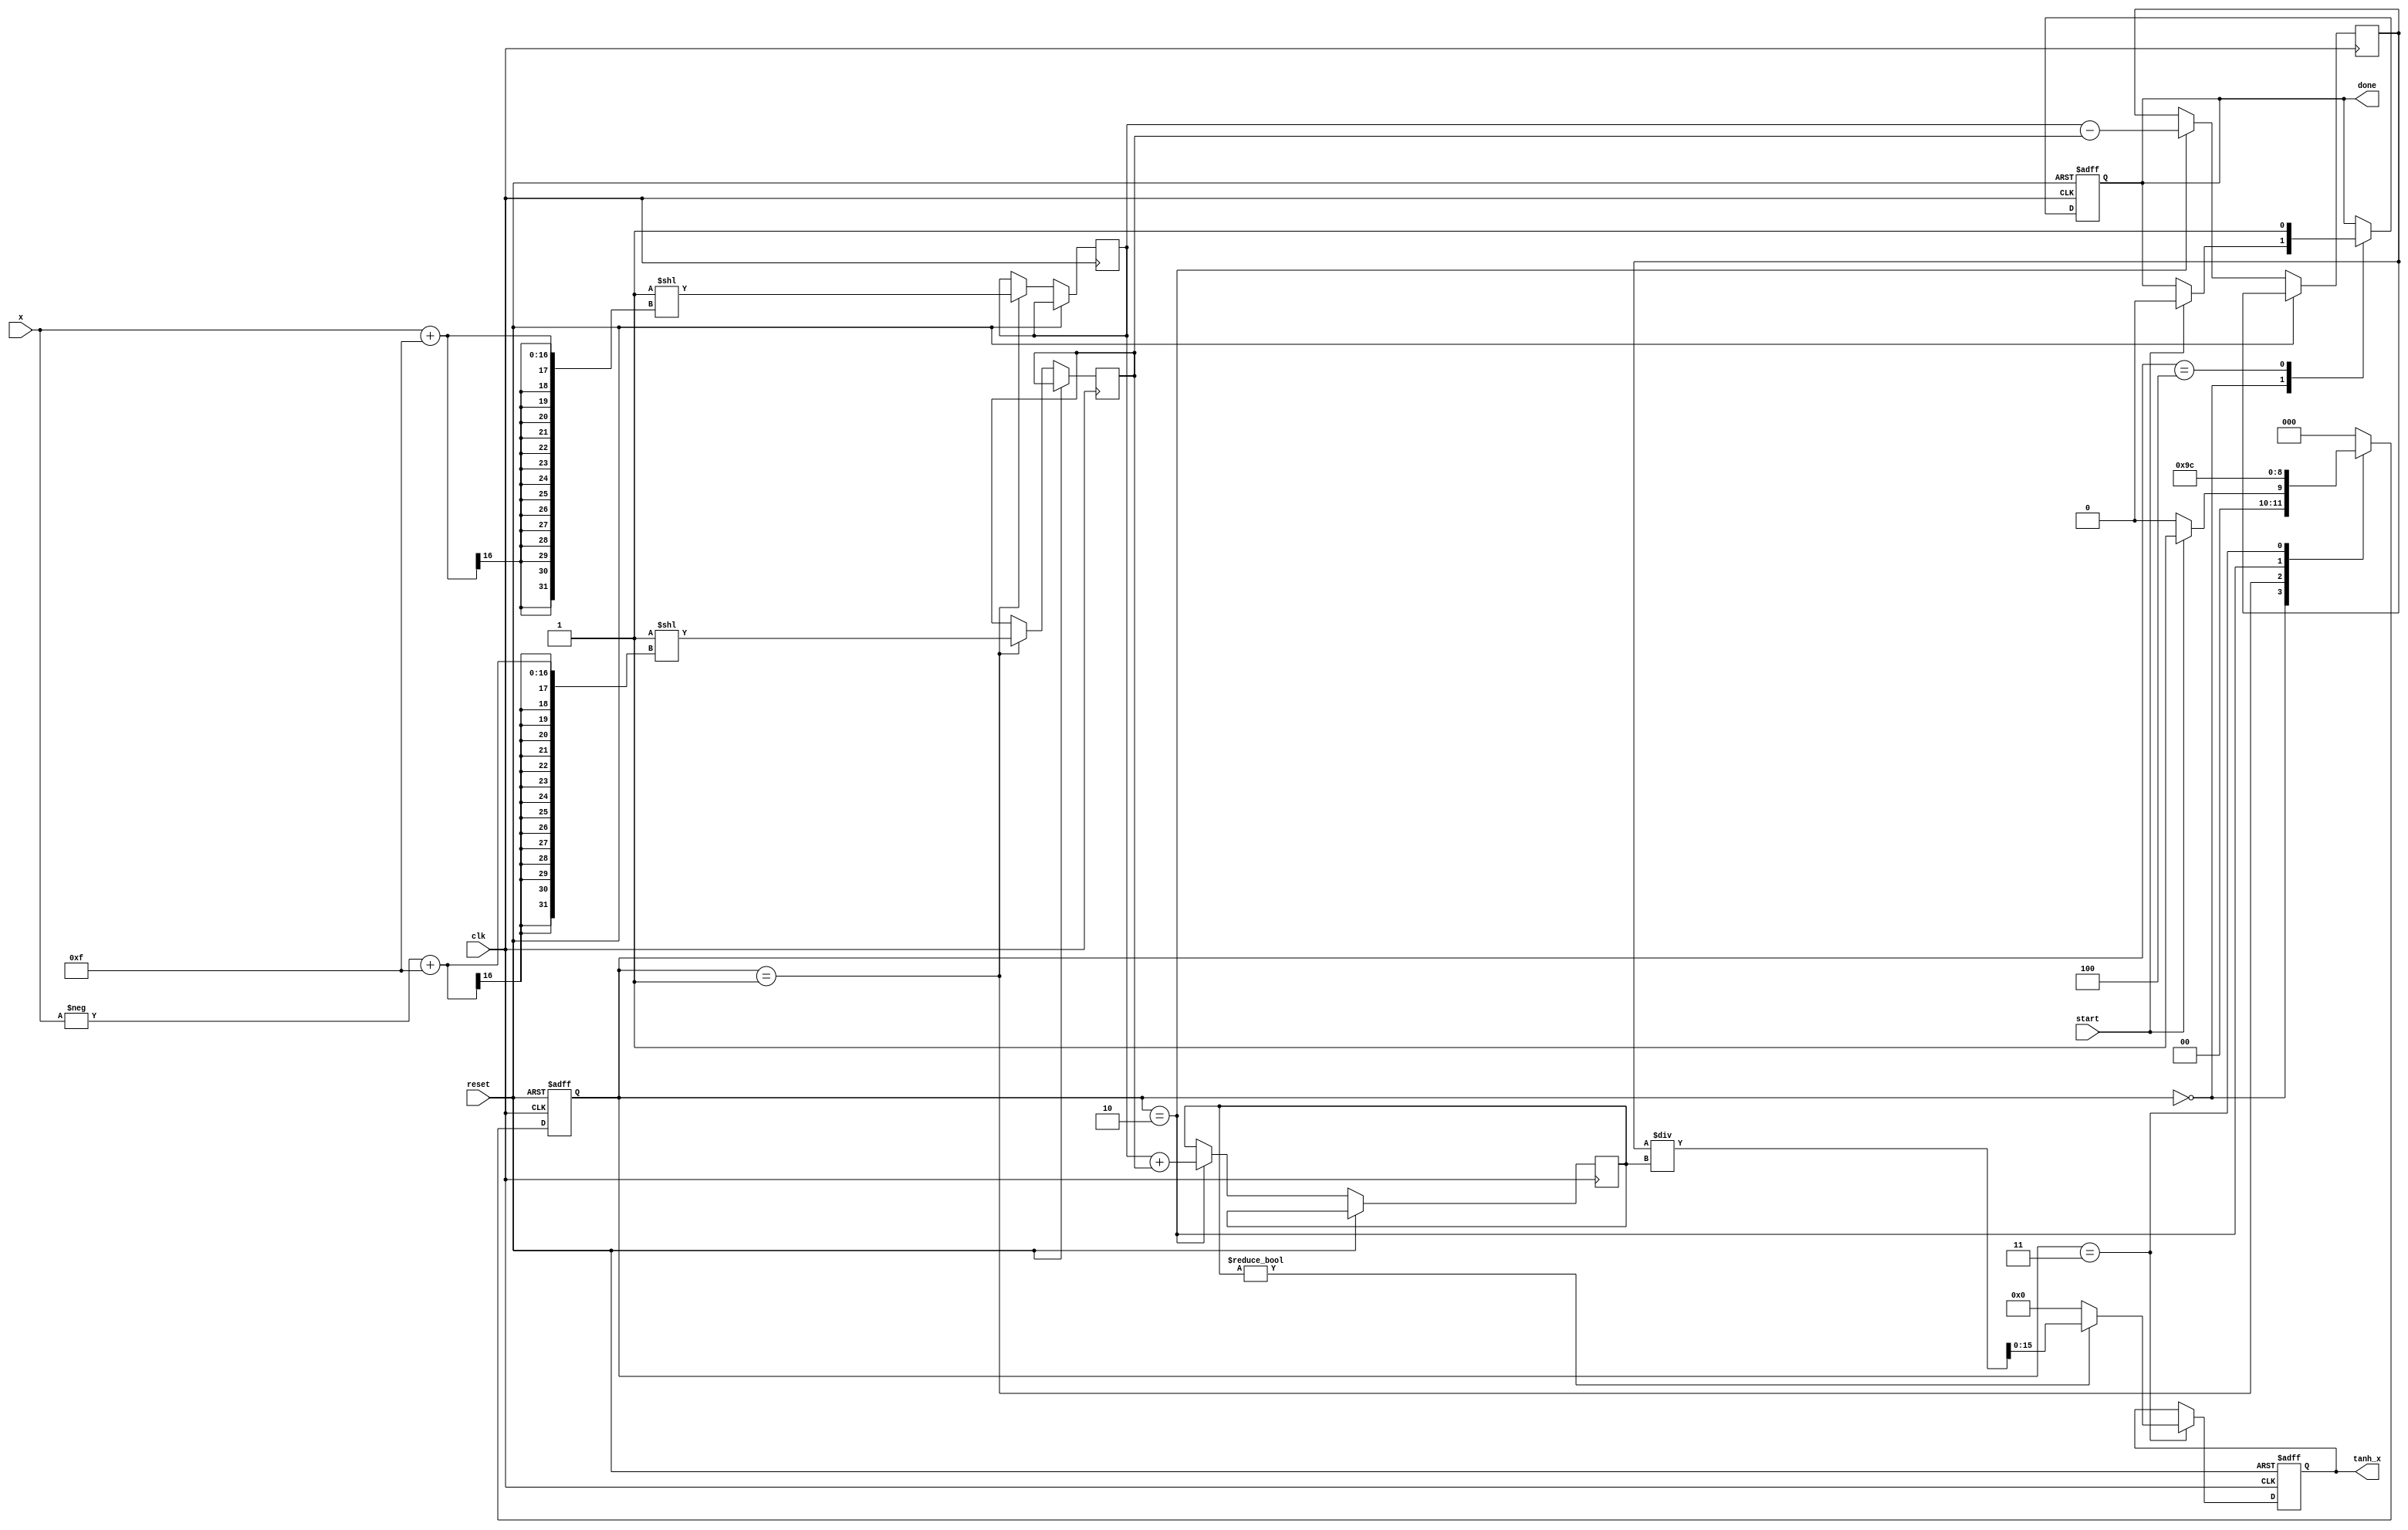
module tanh_block (
    input wire clk,
    input wire reset,
    input wire start,
    input wire signed [15:0] x, // 16-bit signed fixed-point input
    output reg signed [15:0] tanh_x, // 16-bit signed fixed-point output
    output reg done // Operation completion signal
);

    reg signed [31:0] e_x; // e^x
    reg signed [31:0] e_neg_x; // e^(-x)
    reg signed [31:0] numerator; // e^x - e^(-x)
    reg signed [31:0] denominator; // e^x + e^(-x)
    reg [2:0] state; // State variable
    reg [2:0] next_state; // Next state variable

    localparam IDLE = 3'b000,
               COMPUTE_EXP = 3'b001,
               COMPUTE_NUM_DEN = 3'b010,
               DIVIDE = 3'b011,
               DONE = 3'b100;

    // Exponential approximation (Taylor series or other method can be used)
    function signed [31:0] exp_approx(input signed [15:0] value);
        // Simple exponential approximation using a power series or LUT
        // Placeholder for actual implementation
        exp_approx = 32'd1 << (value + 15); // e^(x)  2^(x + 15)
    endfunction

    // State Machine for Tanh computation
    always @(posedge clk or posedge reset) begin
        if (reset) begin
            state <= IDLE;
            tanh_x <= 16'd0;
            done <= 1'b0;
        end else begin
            state <= next_state;
            case (state)
                IDLE: begin
                    if (start) begin
                        done <= 1'b0;
                    end
                end
                COMPUTE_EXP: begin
                    e_x <= exp_approx(x);
                    e_neg_x <= exp_approx(-x);
                end
                COMPUTE_NUM_DEN: begin
                    numerator <= e_x - e_neg_x;
                    denominator <= e_x + e_neg_x;
                end
                DIVIDE: begin
                    if (denominator != 0) begin
                        tanh_x <= numerator / denominator; // Division
                    end else begin
                        tanh_x <= 16'd0; // Handle division by zero
                    end
                end
                DONE: begin
                    done <= 1'b1;
                end
            endcase
        end
    end

    // Next state logic
    always @(*) begin
        case (state)
            IDLE: next_state = (start) ? COMPUTE_EXP : IDLE;
            COMPUTE_EXP: next_state = COMPUTE_NUM_DEN;
            COMPUTE_NUM_DEN: next_state = DIVIDE;
            DIVIDE: next_state = DONE;
            DONE: next_state = IDLE;
            default: next_state = IDLE;
        endcase
    end

endmodule